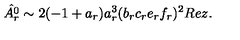
\hat { A _ { r } ^ { 0 } } \sim 2 ( - 1 + a _ { r } ) a _ { r } ^ { 3 } ( b _ { r } c _ { r } e _ { r } f _ { r } ) ^ { 2 } R e z .